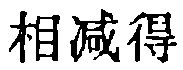
相减得